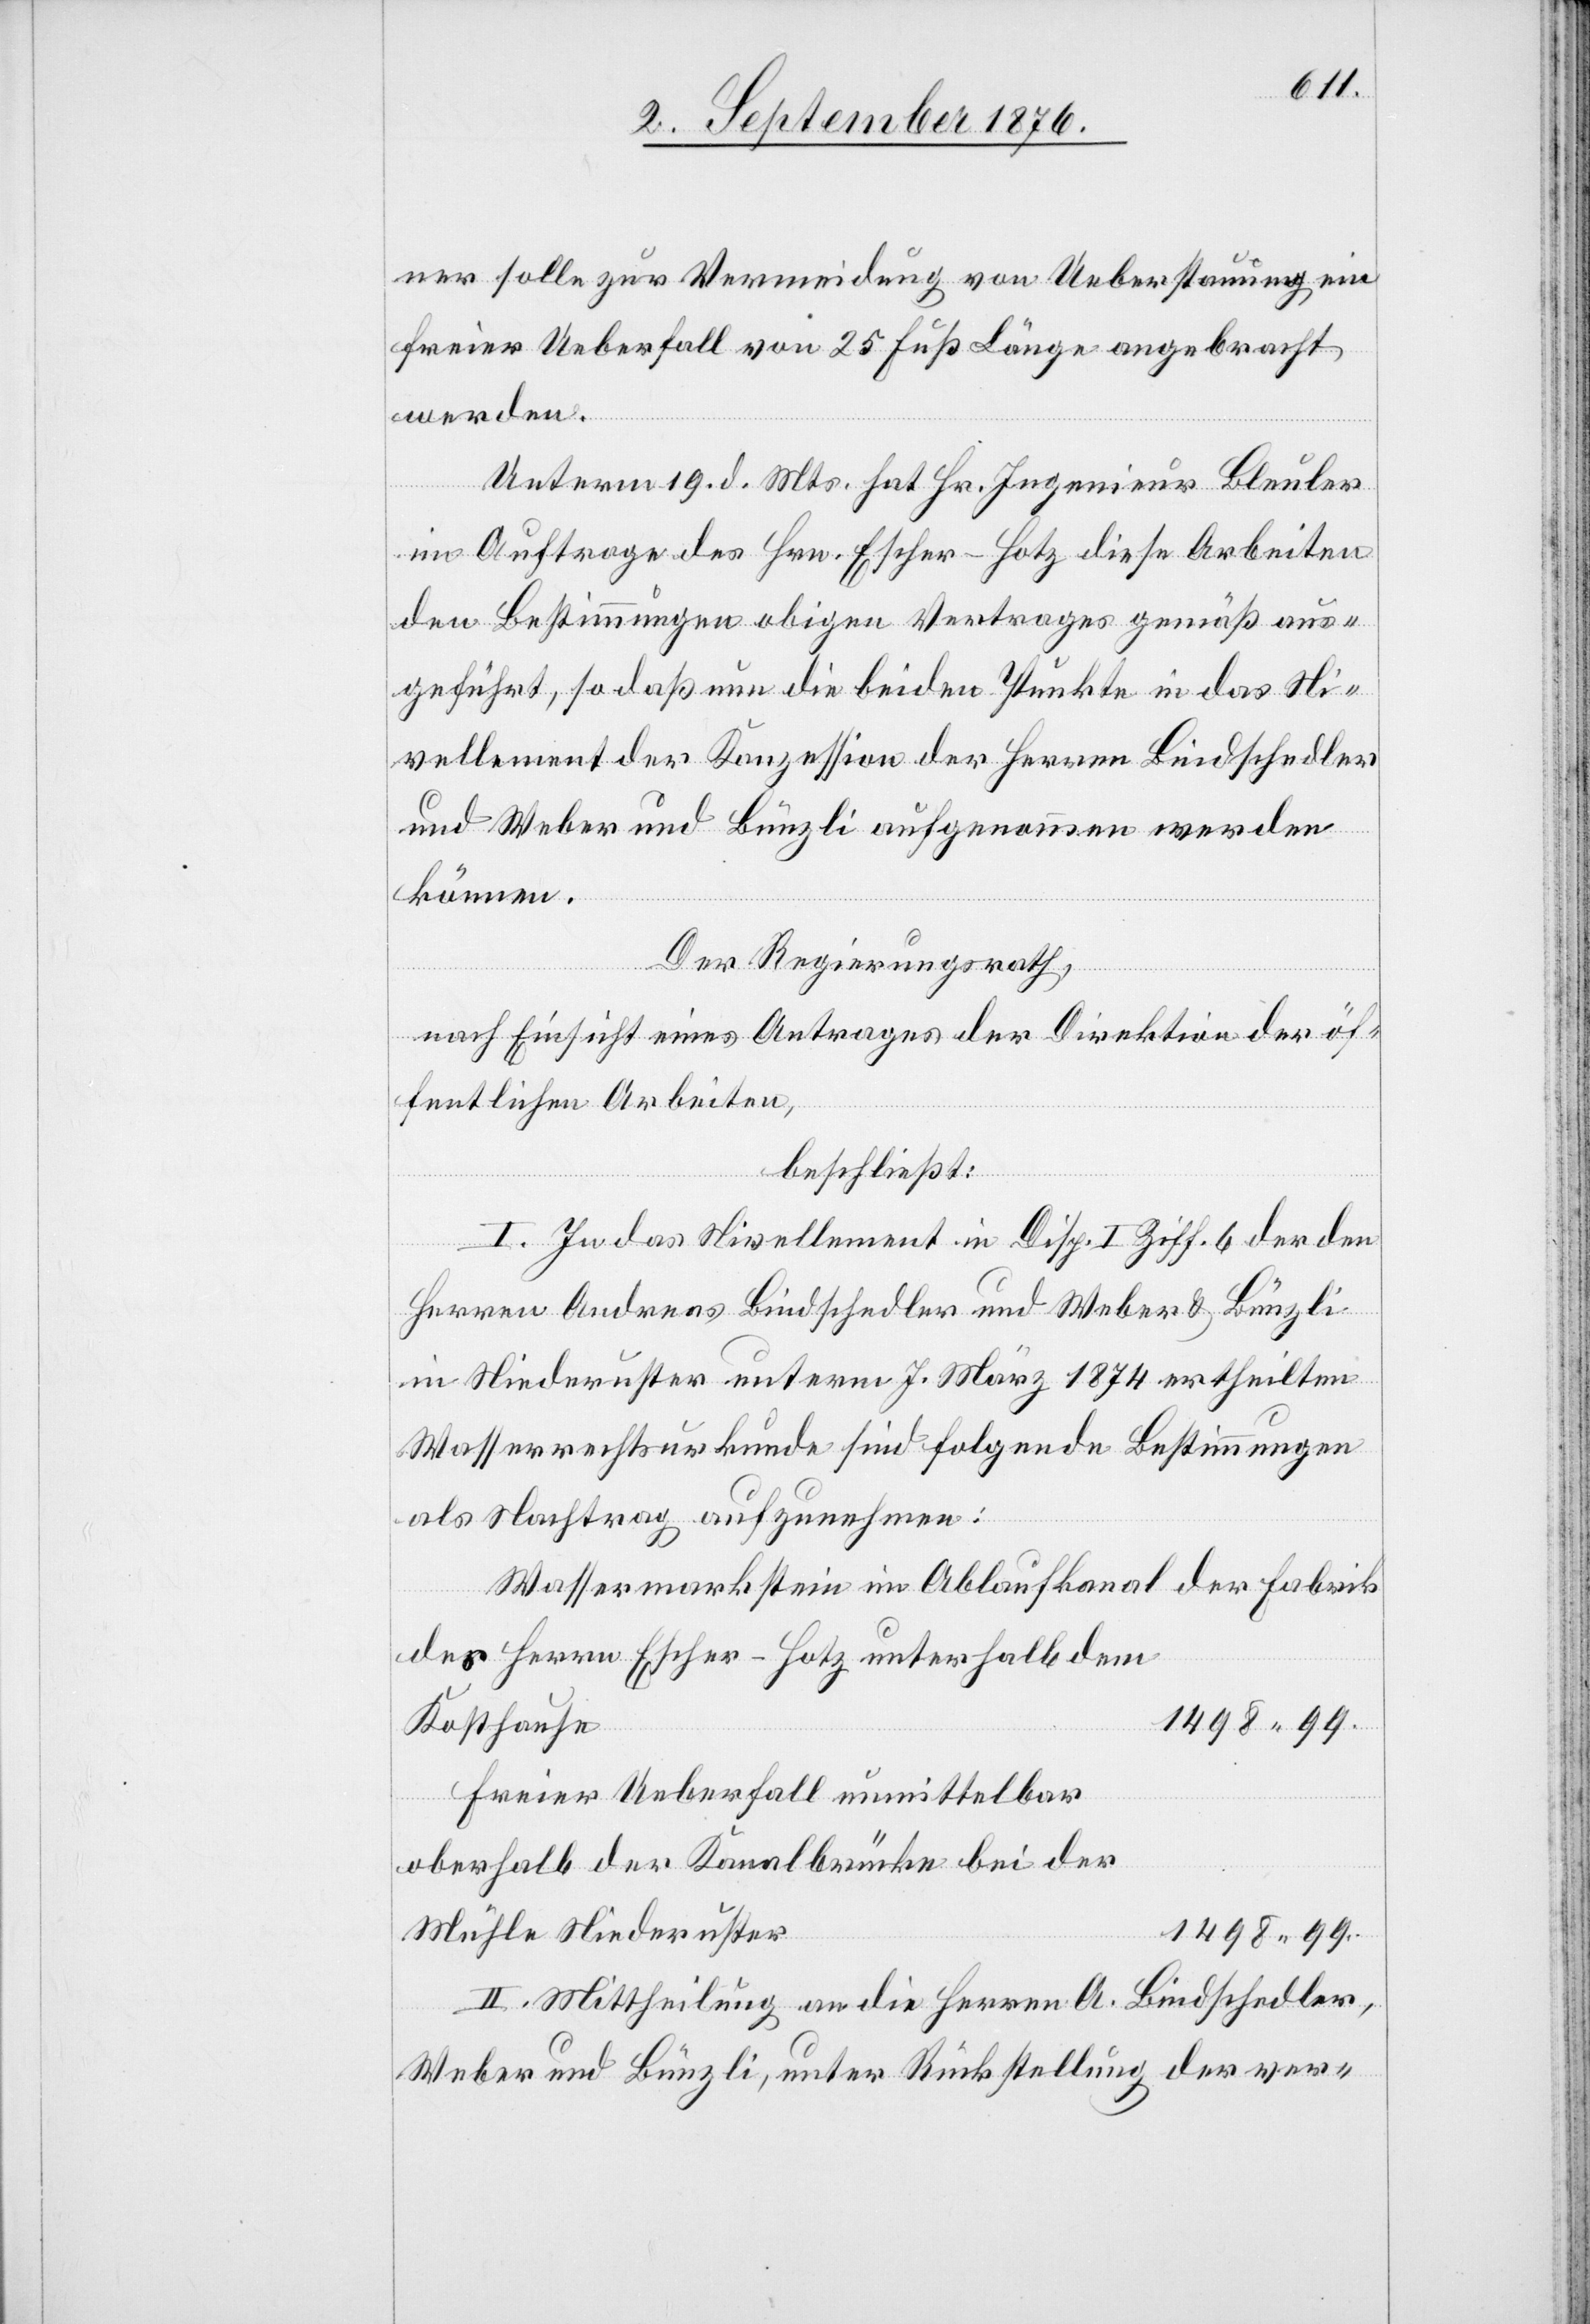
ner solle zur Vermeidung von Ueberstauung ein
freier Ueberfall von 25 Fuß Länge angebracht
werden.
Unterm 19. d. Mts. hat Hr. Ingenieur Bleuler
im Auftrage des Hrn. Escher-Hotz diese Arbeiten
den Bestimmungen obigen Vertrages gemäß aus¬
geführt, so daß nun die beiden Punkte in das Ni¬
vellement der Konzession der Herren Bindschedler
und Weber und Bünzli aufgenommen werden
können.
Der Regierungsrath,
nach Einsicht eines Antrages der Direktion der öf¬
fentlichen Arbeiten,
beschließt:
I. In das Nivellement in Disp. I Ziff. 6 der den
Herren Andreas Bindschedler und Weber & Bünzli
in Niederuster unterm 7. März 1874 ertheilten
Wasserrechtsurkunde sind folgende Bestimmungen
als Nachtrag aufzunehmen:
Wassermarkstein im Ablaufkanal der Fabrik
des Herrn Escher-Hotz unterhalb dem
1498 99.-
Kosthause
freier Ueberfall unmittelbar
oberhalb der Kanalbrücke bei der
Mühle Niederuster
1498 99.
II. Mittheilung an die Herren A. Bindschedler,
Weber und Bünzli, unter Rückstellung der ver-